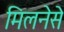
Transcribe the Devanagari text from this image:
मिलनेसे